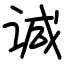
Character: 𫍯